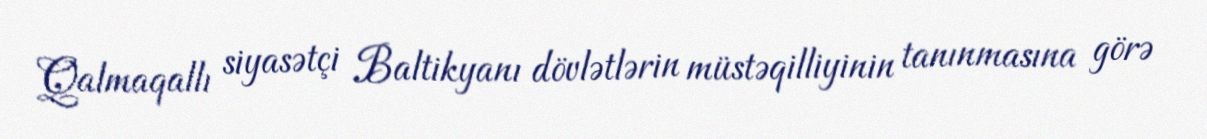
Qalmaqallı siyasətçi Baltikyanı dövlətlərin müstəqilliyinin tanınmasına görə